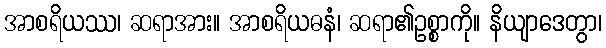
အာစရိယဿ၊ ဆရာအား။ အာစရိယဓနံ၊ ဆရာ၏ဥစ္စာကို။ နိယျာဒေတွာ၊